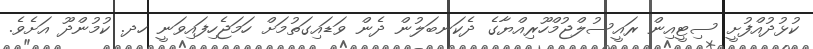
ކުޅުދުއްފުށީ ސިޓީއިން ރައީސުލްޖުމްހޫރިއްޔާގެ ދެކަނބަލުން ދެން ވަޑައިގަތުމަށް ހަމަޖެހިފައިވަނީ ހދ. ކުމުންދޫ އަށެވެ.